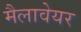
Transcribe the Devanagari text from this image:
मैलावेयर